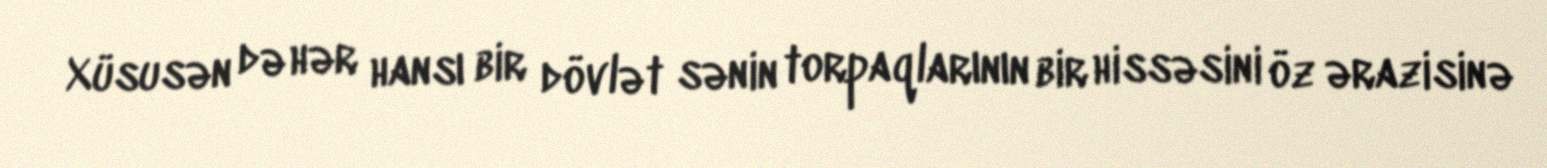
Xüsusən də hər hansı bir dövlət sənin torpaqlarının bir hissəsini öz ərazisinə